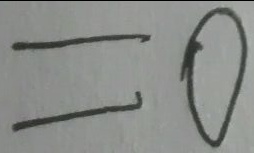
= 0